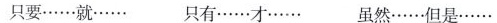
只要……就…… 只有……才……虽然……但是……